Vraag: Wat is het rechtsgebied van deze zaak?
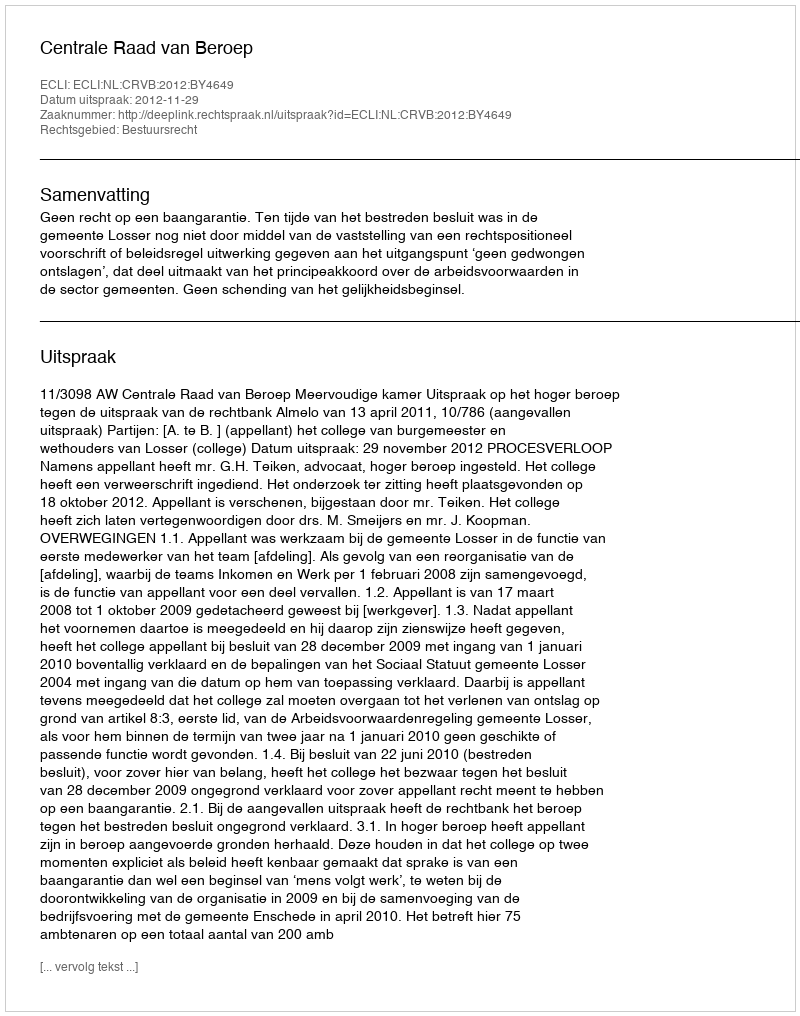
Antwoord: Bestuursrecht